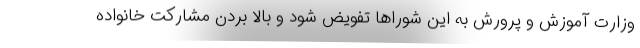
وزارت آموزش و پرورش به این شوراها تفویض شود و بالا بردن مشارکت خانواده